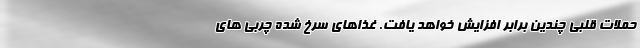
حملات قلبی چندین برابر افزایش خواهد یافت. غذاهای سرخ شده چربی های